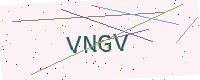
Text: VNGV